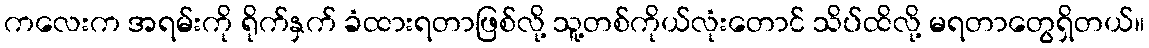
ကလေးက အရမ်းကို ရိုက်နှက် ခံထားရတာဖြစ်လို့ သူ့တစ်ကိုယ်လုံးတောင် သိပ်ထိလို့ မရတာတွေရှိတယ်။